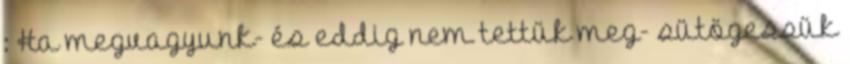
: Ha megvagyunk- és eddig nem tettük meg- sütögessük